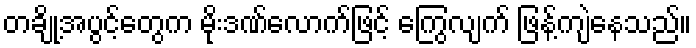
တချို့အပွင့်တွေက မိုးဒဏ်လောက်ဖြင့် ကြွေလျက် ဖြန့်ကျဲနေသည်။